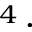
^ 4 \, \cdot